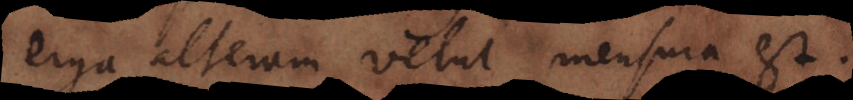
erga alteram velut mensura est.